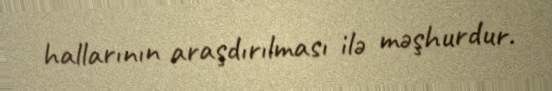
hallarının araşdırılması ilə məşhurdur.